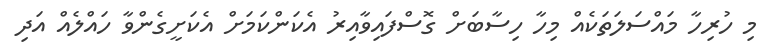
މި ހުރިހާ މައްސަލަތަކެއް މިހާ ހިސާބަށް ގޮސްފައިވާއިރު އެކަންކަމަށް އެކަށީގެންވާ ހައްލެއް އަދި